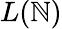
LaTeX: L(\mathbb{N})